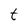
Character: t